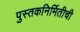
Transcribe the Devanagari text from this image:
पुस्तकनिर्मितीची